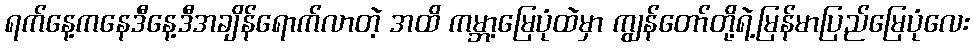
ရက်နေ့ကနေဒီနေ့ဒီအချိန်ရောက်လာတဲ့ အထိ ကမ္ဘာ့မြေပုံထဲမှာ ကျွန်တော်တို့ရဲ့မြန်မာပြည်မြေပုံလေး